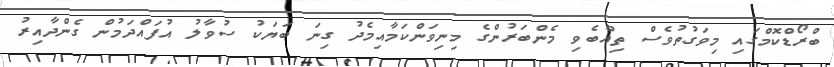
ބްރޯޑްކޮމްގައި މިވަގުތުވެސް ތިއްބެވި މެންބަރުންގެ މިނިވަންކަމާއިމެދު ގިނަ ބަޔަކު ސުވާލު އުފައްދަމުން ގެންދާއިރު